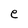
Character: e